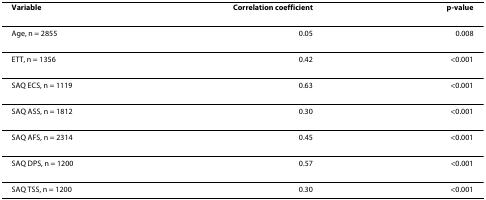
<table><thead><tr><td><b>Variable</b></td><td><b>Correlation coefficient</b></td><td><b>p-value</b></td></tr></thead><tbody><tr><td>Age, n = 2855</td><td>0.05</td><td>0.008</td></tr><tr><td>ETT, n = 1356</td><td>0.42</td><td>&lt;0.001</td></tr><tr><td>SAQ ECS, n = 1119</td><td>0.63</td><td>&lt;0.001</td></tr><tr><td>SAQ ASS, n = 1812</td><td>0.30</td><td>&lt;0.001</td></tr><tr><td>SAQ AFS, n = 2314</td><td>0.45</td><td>&lt;0.001</td></tr><tr><td>SAQ DPS, n = 1200</td><td>0.57</td><td>&lt;0.001</td></tr><tr><td>SAQ TSS, n = 1200</td><td>0.30</td><td>&lt;0.001</td></tr></tbody></table>